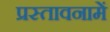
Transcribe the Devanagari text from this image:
प्रस्‍तावनामें